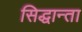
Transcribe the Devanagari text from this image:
सिद्धान्ता